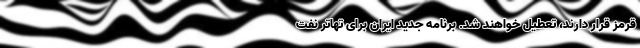
قرمز قرار دارند، تعطیل خواهند شد. برنامه جدید ایران برای تهاتر نفت